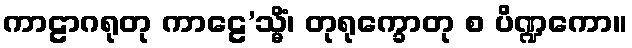
ကာဠာဂရုတု ကာဠေ’သ္မိံ၊ တုရုက္ခောတု စ ပိဏ္ဍကော။